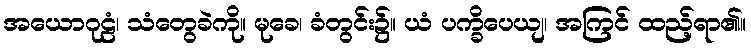
အယောဂုဠံ၊ သံတွေခဲကို။ မုခေ၊ ခံတွင်း၌။ ယံ ပက္ခိပေယျ၊ အကြင် ထည့်ရာ၏။